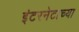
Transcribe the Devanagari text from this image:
इंटरनेटाच्या